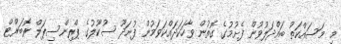
މި މަސައްކަތު ބައްދަލުވުން ފެށުމުގެ ގޮތުން ވާހަކަދައްކަވަމުން ފުނަދޫ ސުކޫލުގެ ޕްރިންސިޕަލް ރޮބަރްޓް